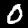
Digit: 0